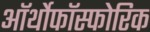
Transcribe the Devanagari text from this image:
ऑर्थोफाॅस्फोरिक